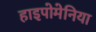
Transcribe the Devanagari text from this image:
हाइपोमेनिया